Report on horse surra - Volume I
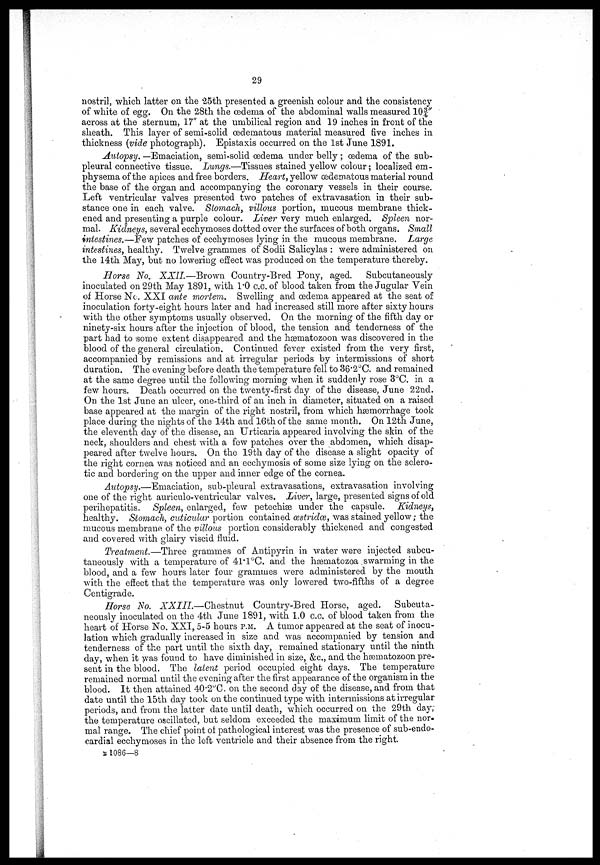
29
nostril, which latter on the 25th presented a greenish colour and the consistency
of white of egg. On the 28th the œdema of the abdominal walls measured 10¾"
across at the sternum, 17" at the umbilical region and 19 inches in front of the
sheath. This layer of semi-solid œdematous material measured five inches in
thickness (vide photograph). Epistaxis occurred on the 1st June 1891.
Autopsy. —Emaciation, semi-solid œdema under belly ; oedema of the. sub-
pleural connective tissue. Lungs.—Tissues stained yellow colour; localized em-
physema of the apices and free borders. Heart, yellow (edematous material round
the base of the organ and accompanying the coronary vessels in their course.
Left ventricular valves presented two patches of extravasation in their sub-
stance one in each valve. Stomach, villous portion, mucous membrane thick-
ened and presenting a purple colour. Liver very much enlarged. Spleen nor-
mal. Kidneys, several ecchymoses dotted over the surfaces of both organs. Small
intestines.—Few patches of ecchymoses lying in the mucous membrane. Large
intestines, healthy. Twelve grammes of Sodii Salicylas : were administered on
the 14th May, but no lowering effect was produced on the temperature thereby.
Horse No. XXII.—Brown Country-Bred Pony, aged. Subcutaneously
inoculated on 29th May 1891, with 1.0 c.c. of blood taken from the Jugular Vein
of Horse No. XXI ante mortem. Swelling and oedema appeared at the seat of
inoculation forty-eight hours later and had increased still more after sixty hours
with the other symptoms usually observed. On the morning of the fifth day or
ninety-six hours after the injection of blood, the tension and tenderness of the
part had to some extent disappeared and the hæmatozoon was discovered in the
blood of the general circulation. Continued fever existed from the very first,
accompanied by remissions and at irregular periods by intermissions of short
duration. The evening before death the temperature fell to 36'2°C. and remained
at the same degree until the following morning when it suddenly rose 3°C. in a
few hours. Death occurred on the twenty-first clay of the disease, June 22nd.
On the 1st June an ulcer, one-third of an inch in diameter, situated on a raised
base appeared at the margin of the right nostril, from which haemorrhage took
place during the nights of the 14th and 16th of the same month. On 12th June,
the eleventh day of the disease, an Urticaria appeared involving the skin of the
neck, shoulders and chest with a few patches over the abdomen, which disap-
peared after twelve hours. On the 19th clay of the disease a slight opacity of
the right cornea was noticed and an ecchymosis of some size lying on the sclero-
tic and bordering on the upper and inner edge of the cornea.
Autopsy.—Emaciation, sub-pleural extravasations, extravasation involving
one of the right auriculo-ventricular valves. Liver, large, presented signs of old
perihepatitis. Spleen, enlarged, few petechias under the capsule. Kidneys,
healthy. Stomach, cuticular portion contained œstridœ, was stained yellow; the
mucous membrane of the villous portion considerably thickened and congested
and covered with glairy viscid fluid.
Treatment.—Three grammes of Antipyrin in water were injected subcu-
taneously with a temperature of 41.1°C. and the hæmatozoa swarming in the
blood, and a few hours later four grammes were administered by the mouth
with the effect that the temperature was only lowered two-fifths of a degree
Centigrade.
Horse No. XXIII.—Chestnut
Country-Bred Horse, aged. Subcuta-
neously inoculated on the 4th June 1891, with 1.0 c.c. of blood taken from the
heart of Horse No. XXI, 5-5 hours P.M. A tumor appeared at the seat of inocu-
lation which gradually increased in size and was accompanied by tension and
tenderness of the part until the sixth day, remained stationary until the ninth
day, when it was found to have diminished in size, &c, and the hæmatozoon pre-
sent in the blood. The latent period occupied eight days. The temperature
remained normal until the evening after the first appearance of the organism in the
blood. It then attained 40.2°C. on the second day of the disease, and from that
date until the 15th day took on the continued type with intermissions at irregular
periods, and from the latter date until death, which occurred on the 29th day,
the temperature oscillated, but seldom exceeded the maximum limit of the nor-
mal range. The chief point of pathological interest was the presence of sub-endo-
cardial ecchymoses in the left ventricle and their absence from the right.
B 1086—8